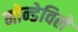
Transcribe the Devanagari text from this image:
मोन्डेविले